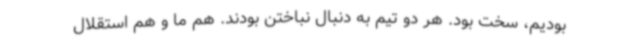
بودیم، سخت بود. هر دو تیم به دنبال نباختن بودند. هم ما و هم استقلال